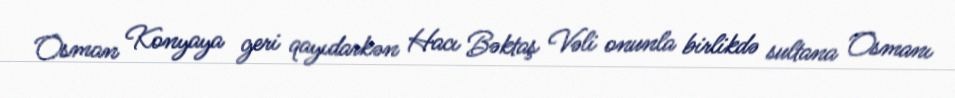
Osman Konyaya geri qayıdarkən Hacı Bəktaş Vəli onunla birlikdə sultana Osmanı